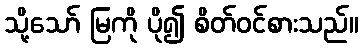
သို့သော် မြကို ပို၍ စိတ်ဝင်စားသည်။